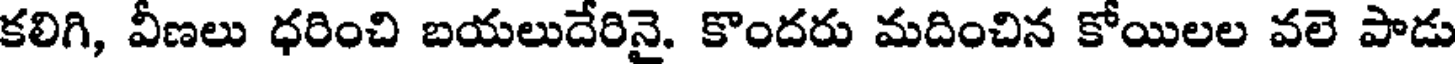
కలిగి, వీణలు ధరించి బయలుదేరినై. కొందరు మదించిన కోయిలల వలె పాడు